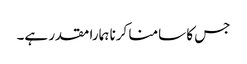
جس کا سامنا کرنا ہمارا مقدر ہے۔